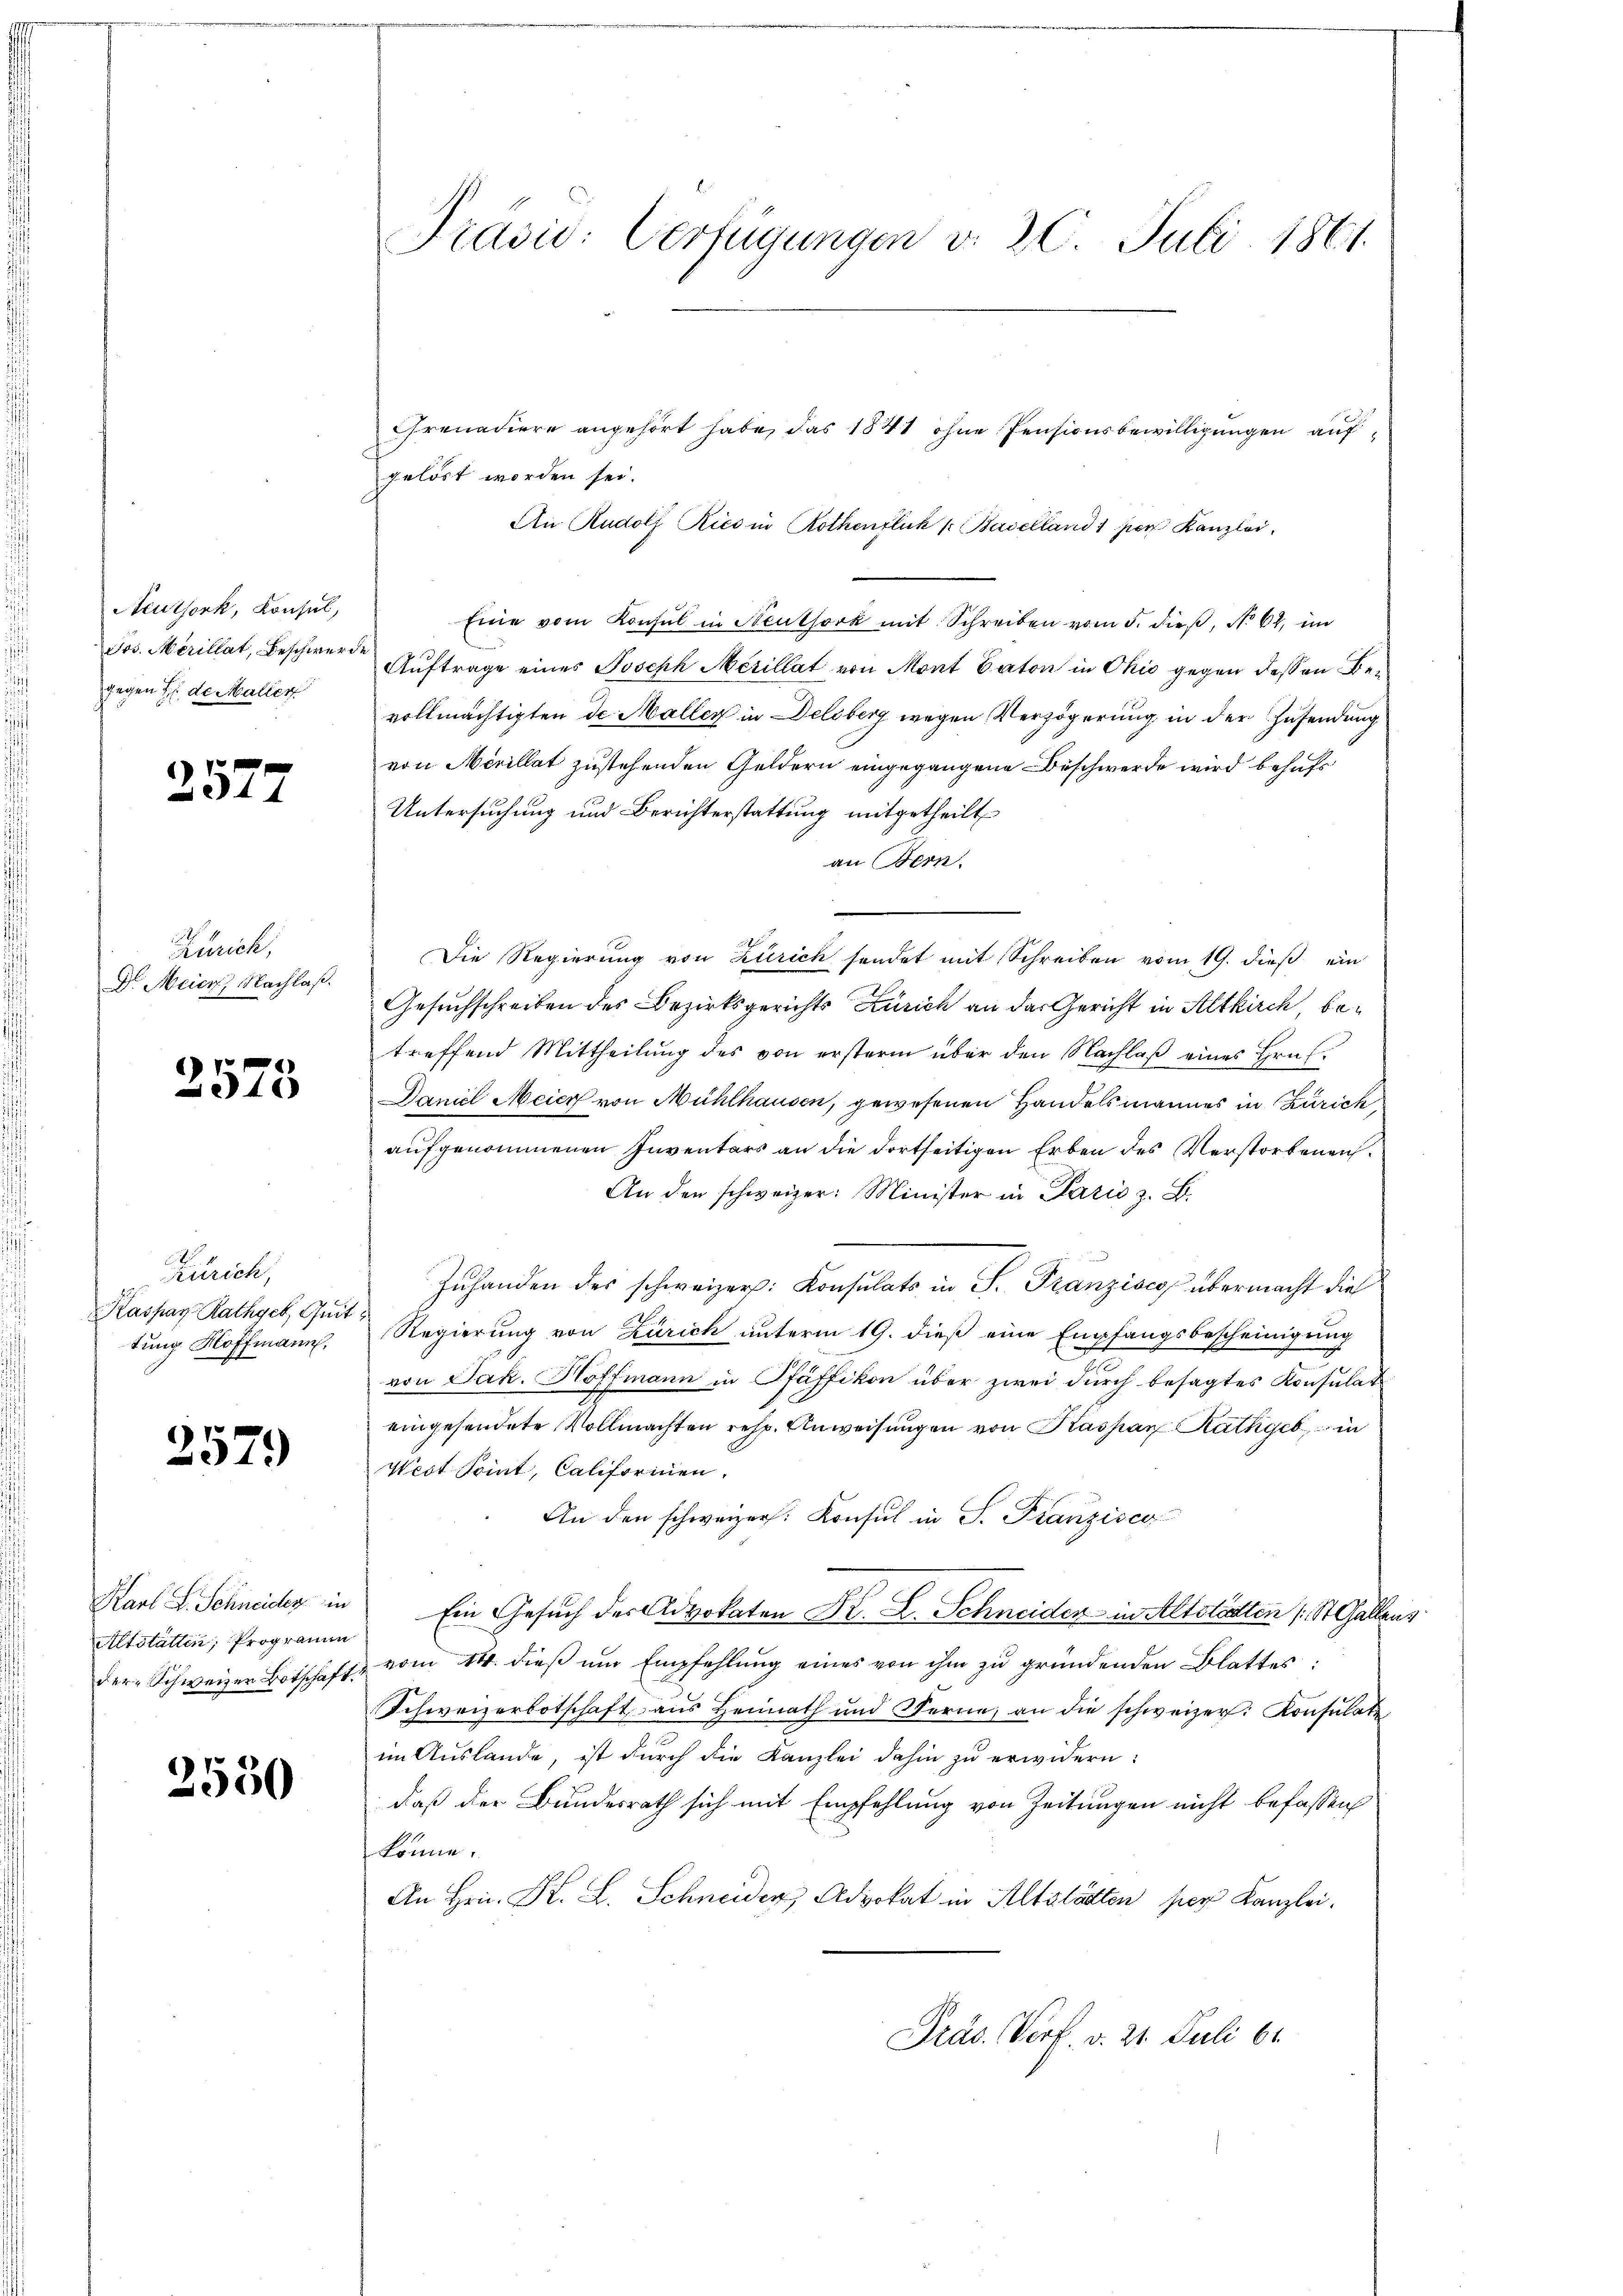
Aeuthork, Konsul,
Jos. Merillat, Beschwerd.
gegen de Maller

2577

Zürich,
Dr. Meier, Nachlaß.

2575

Zürich,
Kaspar Rathgeb, Quit.
tung Hoffmann,

2579)

Karl L. Schneider in
Altstätten, Programm
der Schweizer Botschaft.

3550

Präsid: Verfügungen v. 20 Juli 1861.

Crenadiere angehört habe, das 1841 ohne Pensionsbewilligungen aufgelöst worden sei.
An Rudolf Rico in Rothenfluh /: Baselland 1 per Kanzlei.
Eine vom Konsul in Neuthork mit Schreiben vom 5. dieβ, No 62, im
Auftrage eines Joseph Mérillat von Mont Baton in Ohio gegen dessen Bevollmächtigten de Maller in Delsberg wegen Verzögerung in der Zusendung
von Merillat zustehenden Geldern eingegangene Beschwerde wird behufs
Untersuchung und Berichterstattung mitgetheilt
an Bern.
Die Regierung von Zürich sendet mit Schreiben vom 19. dieß ein
Gesuchschreiben des Bezirksgerichts Zürich an das Gericht in Altkirch, betreffend Mittheilung des von erstern über den Nachlaβ eines Hrn.
Daniel Meier von Mühlhausen, gewesenen Handelsmannes in Zürich
aufgenommenen Inventars an die dortseitigen Erben des Verstorbenen¬
An den schweizer: Minister in Paris z. B.
Zŭhanden des schweizer: Konsulats in P. Franzises übermacht die
Regierung von Zürich unterm 19. dieß eine Empfangsbescheinigung
von Jak. Hoffmann in Pfäffikon über zwei durch besagtes Konsulat
eingesendete Vollmachten resp. Anweisungen von Kaspar Rathgeb, in
Wert Point, Califormen.
An den schweizer. Konsul in S. Franzisco
Ein Gesuch der Advokaten K. H. Schneiden in Altstätten (St. Gallens
vom 14. dieβ ŭm Empfehlung eines von ihm zu gründenden Blattes
Schweizerbotschaft aus Heimath und Ferne, an die schweizer. Konsulate
im Auslande, ist durch die Kanzlei dahin zu erwidern:
daß der Bundesrath sich mit Empfehlung von Zeitungen nicht befassen
könne.
An Hrn. Kr. L. Schneider Advokat in Altstätten per Kanzlei.
Präs. Verf. v. 21. Juli 61.